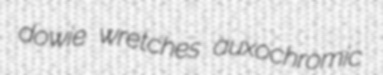
dowie wretches auxochromic